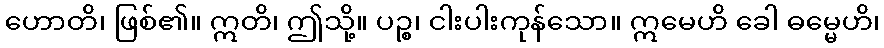
ဟောတိ၊ ဖြစ်၏။ ဣတိ၊ ဤသို့။ ပဉ္စ၊ ငါးပါးကုန်သော။ ဣမေဟိ ခေါ ဓမ္မေဟိ၊